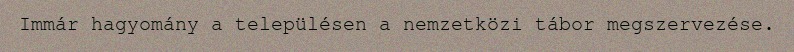
Immár hagyomány a településen a nemzetközi tábor megszervezése.